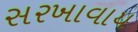
સરખાવાય